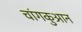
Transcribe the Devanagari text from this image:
चांगकुआन